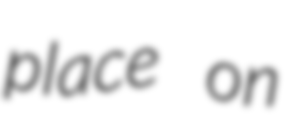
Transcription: place on